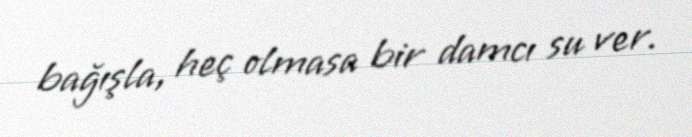
bağışla, heç olmasa bir damcı su ver.